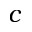
c